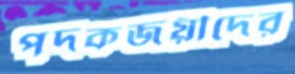
পদকজয়ীদের